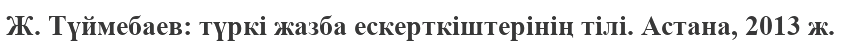
Ж. Түймебаев: түркі жазба ескерткіштерінің тілі. Астана, 2013 ж.